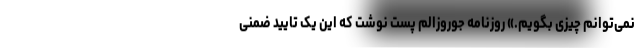
نمی‌توانم چیزی بگویم.» روزنامه جوروزالم پست نوشت که این یک تایید ضمنی